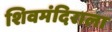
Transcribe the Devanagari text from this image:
शिवमंदिराला